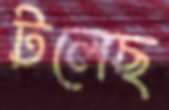
টলেছ